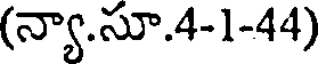
(న్యా.సూ.4-1-44)